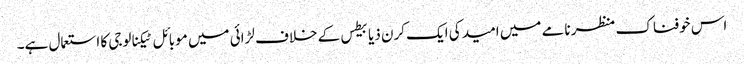
اس خوفناک منظر نامے میں امید کی ایک کرن ذیابیطس کے خلاف لڑائی میں موبائل ٹیکنالوجی کا استعمال ہے۔